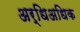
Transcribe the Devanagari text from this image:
अर्धिअधिक